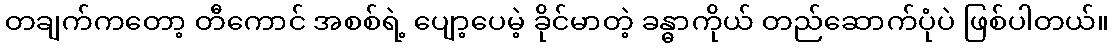
တချက်ကတော့ တီကောင် အစစ်ရဲ့ ပျော့ပေမဲ့ ခိုင်မာတဲ့ ခန္ဓာကိုယ် တည်ဆောက်ပုံပဲ ဖြစ်ပါတယ်။